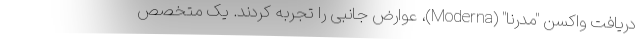
دریافت واکسن "مدرنا" (Moderna)، عوارض جانبی را تجربه کردند. یک متخصص